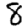
Digit: 8